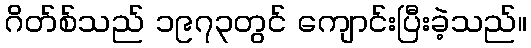
ဂိတ်စ်သည် ၁၉၇၃တွင် ကျောင်းပြီးခဲ့သည်။